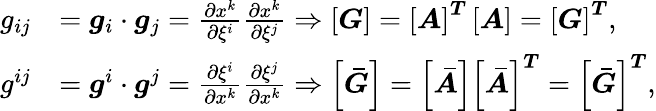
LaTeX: \begin{array}{rl}{g_{ij}}&{=\boldsymbol{g}_{i}\cdot\boldsymbol{g}_{j}=\frac{\partial x^{k}}{\partial\xi^{i}}\frac{\partial x^{k}}{\partial\xi^{j}}\Rightarrow\boldsymbol{\left[G\right]}=\boldsymbol{\left[A\right]^{T}}\boldsymbol{\left[A\right]}=\boldsymbol{\left[G\right]^{T}},}\\ {g^{ij}}&{=\boldsymbol{g}^{i}\cdot\boldsymbol{g}^{j}=\frac{\partial\xi^{i}}{\partial x^{k}}\frac{\partial\xi^{j}}{\partial x^{k}}\Rightarrow\boldsymbol{\left[\bar{G}\right]}=\boldsymbol{\left[\bar{A}\right]}\boldsymbol{\left[\bar{A}\right]^{T}}=\boldsymbol{\left[\bar{G}\right]^{T}},}\end{array}